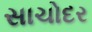
સાચોદર